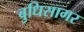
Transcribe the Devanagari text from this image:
बुधिसागर